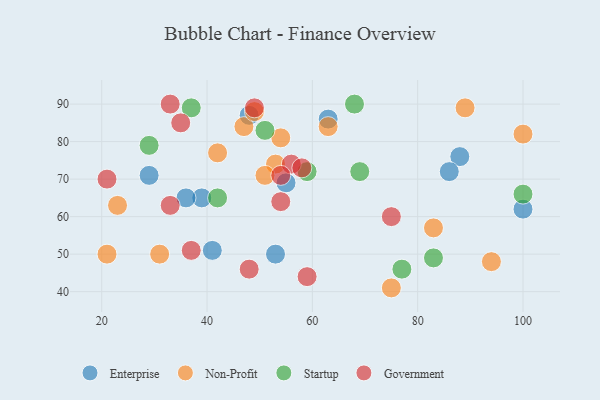
{"axis": {"x": "GDP", "y": "Life Expectancy"}, "legend": ["Enterprise", "Government", "Non-Profit", "Startup"], "data": [{"x": "55", "y": 69, "type": "Enterprise"}, {"x": "88", "y": 76, "type": "Enterprise"}, {"x": "100", "y": 62, "type": "Enterprise"}, {"x": "63", "y": 86, "type": "Enterprise"}, {"x": "39", "y": 65, "type": "Enterprise"}, {"x": "29", "y": 71, "type": "Enterprise"}, {"x": "36", "y": 65, "type": "Enterprise"}, {"x": "48", "y": 87, "type": "Enterprise"}, {"x": "86", "y": 72, "type": "Enterprise"}, {"x": "53", "y": 50, "type": "Enterprise"}, {"x": "41", "y": 51, "type": "Enterprise"}, {"x": "47", "y": 84, "type": "Non-Profit"}, {"x": "75", "y": 41, "type": "Non-Profit"}, {"x": "42", "y": 77, "type": "Non-Profit"}, {"x": "49", "y": 88, "type": "Non-Profit"}, {"x": "53", "y": 74, "type": "Non-Profit"}, {"x": "54", "y": 81, "type": "Non-Profit"}, {"x": "51", "y": 71, "type": "Non-Profit"}, {"x": "83", "y": 57, "type": "Non-Profit"}, {"x": "21", "y": 50, "type": "Non-Profit"}, {"x": "94", "y": 48, "type": "Non-Profit"}, {"x": "23", "y": 63, "type": "Non-Profit"}, {"x": "89", "y": 89, "type": "Non-Profit"}, {"x": "63", "y": 84, "type": "Non-Profit"}, {"x": "100", "y": 82, "type": "Non-Profit"}, {"x": "31", "y": 50, "type": "Non-Profit"}, {"x": "37", "y": 89, "type": "Startup"}, {"x": "69", "y": 72, "type": "Startup"}, {"x": "83", "y": 49, "type": "Startup"}, {"x": "77", "y": 46, "type": "Startup"}, {"x": "100", "y": 66, "type": "Startup"}, {"x": "51", "y": 83, "type": "Startup"}, {"x": "68", "y": 90, "type": "Startup"}, {"x": "59", "y": 72, "type": "Startup"}, {"x": "42", "y": 65, "type": "Startup"}, {"x": "29", "y": 79, "type": "Startup"}, {"x": "75", "y": 60, "type": "Government"}, {"x": "49", "y": 89, "type": "Government"}, {"x": "56", "y": 74, "type": "Government"}, {"x": "48", "y": 46, "type": "Government"}, {"x": "21", "y": 70, "type": "Government"}, {"x": "58", "y": 73, "type": "Government"}, {"x": "33", "y": 63, "type": "Government"}, {"x": "33", "y": 90, "type": "Government"}, {"x": "37", "y": 51, "type": "Government"}, {"x": "59", "y": 44, "type": "Government"}, {"x": "54", "y": 71, "type": "Government"}, {"x": "54", "y": 64, "type": "Government"}, {"x": "35", "y": 85, "type": "Government"}]}